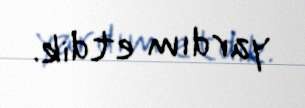
yardım etdik.